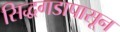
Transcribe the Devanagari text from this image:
सिद्धगडापासून